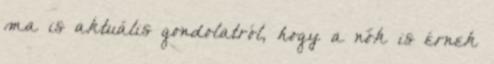
ma is aktuális gondolatról, hogy a nők is érnek